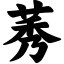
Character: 莠